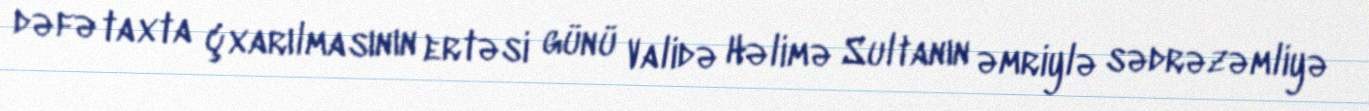
dəfə taxta çxarılmasının ertəsi günü Validə Həlimə Sultanın əmriylə sədrəzəmliyə